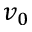
v _ { 0 }